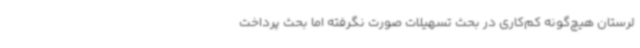
لرستان هیچ‌گونه کم‌کاری در بحث تسهیلات صورت نگرفته اما بحث پرداخت